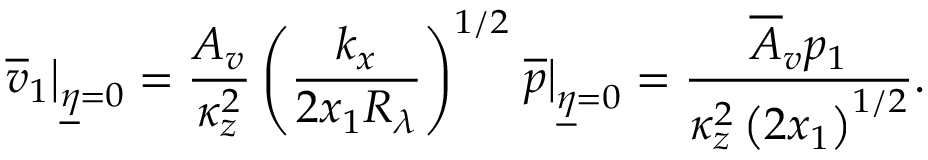
\left. \overline { { v } } _ { 1 } \right\vert _ { \underline { { \eta } } = 0 } = \frac { A _ { v } } { \kappa _ { z } ^ { 2 } } \left( \frac { k _ { x } } { 2 x _ { 1 } R _ { \lambda } } \right) ^ { 1 / 2 } \left. \overline { { p } } \right\vert _ { \underline { { \eta } } = 0 } = \frac { \overline { { A } } _ { v } p _ { 1 } } { \kappa _ { z } ^ { 2 } \left( 2 x _ { 1 } \right) ^ { 1 / 2 } } .